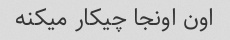
اون اونجا چیکار میکنه